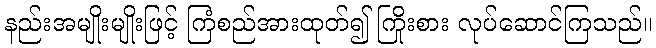
နည်းအမျိုးမျိုးဖြင့် ကြံစည်အားထုတ်၍ ကြိုးစား လုပ်ဆောင်ကြသည်။